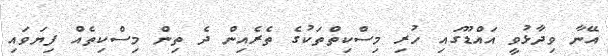
އޭނާ ވިދާޅުވީ އައްޑޫގައި ހުރި މިސްކިތްތަކުގެ ތެރެއިން ދެ ތިން މިސްކިތެއް ފިޔަވައި